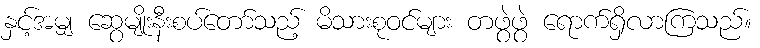
နှင့်အမျှ ဆွေမျိုးနီးစပ်တော်သည့် မိသားစုဝင်များ တဖွဲဖွဲ ရောက်ရှိလာကြသည်။